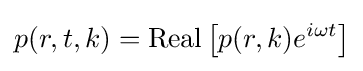
p(r,t,k)=\operatorname {Real} \left[p(r,k)e^{i\omega t}\right]